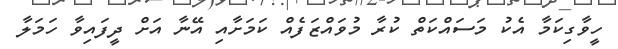
ހީވާގިކަމާ އެކު މަސައްކަތް ކުރާ މުވައްޒަފެއް ކަމަށާއި އޭނާ އަށް ދީފައިވާ ހަމަލާ